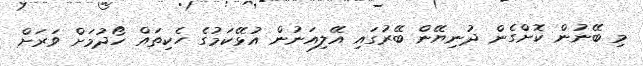
މި ބޭނުން ކޮށްގެން ދުނިޔޭން ބޭރުގައި އޭލިއަނުން އުޅޭކަމުގެ ހެކިތައް ހޯދުމަށް ވަރަށް